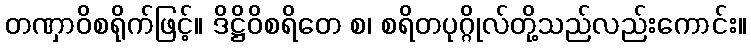
တဏှာဝိစရိုက်ဖြင့်။ ဒိဋ္ဌိဝိစရိတေ စ၊ စရိတပုဂ္ဂိုလ်တို့သည်လည်းကောင်း။